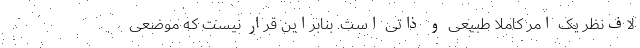
لاف‌نظر یک امر کاملاً طبیعی و ذاتی است. بنابراین قرار نیست که موضعی